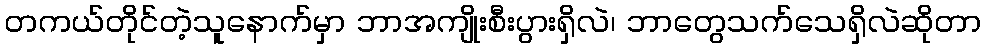
တကယ်တိုင်တဲ့သူနောက်မှာ ဘာအကျိုးစီးပွားရှိလဲ၊ ဘာတွေသက်သေရှိလဲဆိုတာ